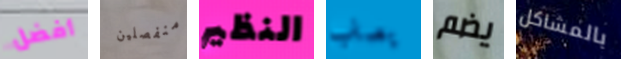
أفضل منفصلين النظير يصاب يضم بالمشاكل